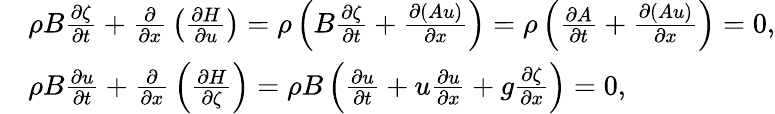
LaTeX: {\begin{array}{rl}&{\rho B{\frac{\partial\zeta}{\partial t}}+{\frac{\partial}{\partial x}}\left({\frac{\partial H}{\partial u}}\right)=\rho\left(B{\frac{\partial\zeta}{\partial t}}+{\frac{\partial(Au)}{\partial x}}\right)=\rho\left({\frac{\partial A}{\partial t}}+{\frac{\partial(Au)}{\partial x}}\right)=0,}\\ &{\rho B{\frac{\partial u}{\partial t}}+{\frac{\partial}{\partial x}}\left({\frac{\partial H}{\partial\zeta}}\right)=\rho B\left({\frac{\partial u}{\partial t}}+u{\frac{\partial u}{\partial x}}+g{\frac{\partial\zeta}{\partial x}}\right)=0,}\end{array}}